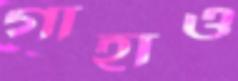
গাহাও